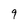
Character: 9